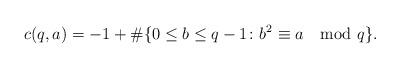
LaTeX: \begin{align*}c(q,a)=-1+\# \{ 0 \le b \le q-1 \colon b^2 \equiv a \mod q \}.\end{align*}